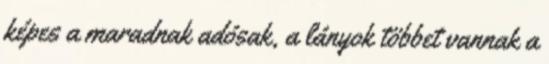
képes a maradnak adósak, a lányok többet vannak a